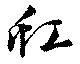
虹